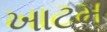
ખાટમ